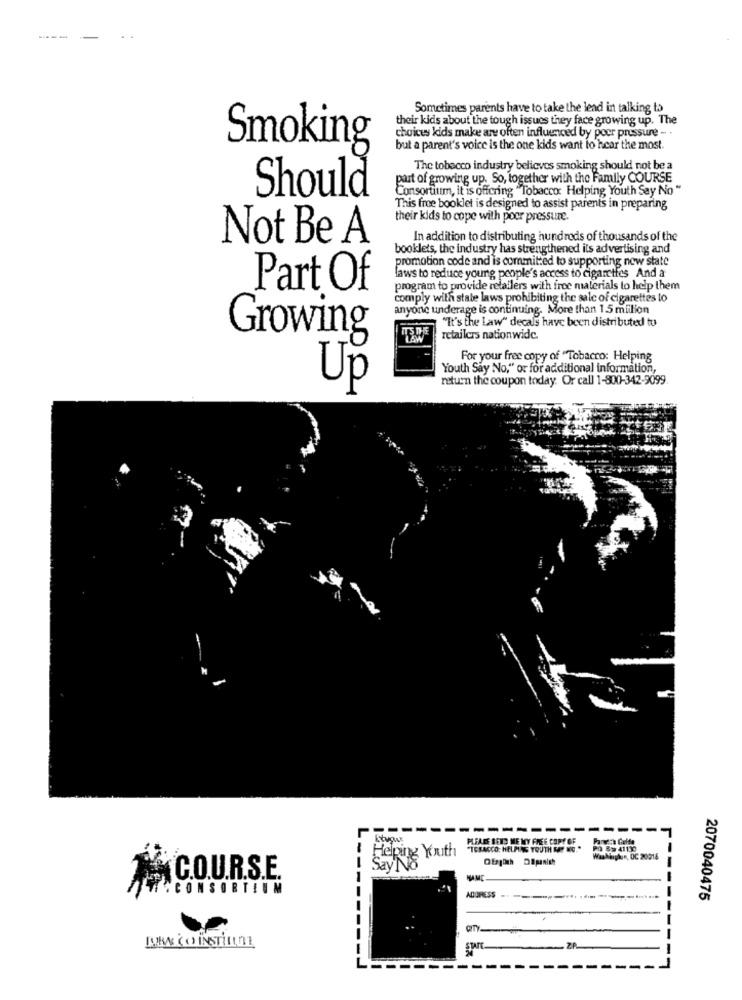
-----
Sometimes parents have to take the lead in talking to
their kids about the tough issues they face growing up. The
choices kids make are often influenced by poor pressure - .
Smoking
but a parent's voice is the one kids want to hear the most.
The tobacco industry believes smoking should not be a
part of growing up. So, together with the Family COURSE
Should
Consortium, it is offering " Tobacco: Helping Youth Say No "
This froe booklet is designed to assist parents in preparing
their kids to cope with poer pressure.
Not Be A
In addition to distributing hundreds of thousands of the
booklets, the industry has strengthened its advertising and
promotion code and is committed to supporting new state
laws to reduce young people's access to cigarettes And a
Part Of
program to provide retailers with free materials to help them
comply with state laws prohibiting the sale of cigarettes to
anyone underage is continuing. More than 1.5 million
"It's the Law" decals have been distributed tu
Growing
retailers nationwide.
For your free copy of ' Tobacco: Helping
Youth Say No," or for additional information,
return the coupon today. Or call 1-800-342-9099.
Up
--
----
--
PLEASE SEND ME MY FREE COPY OF
"TESACCO; HELPING YOUTH RAP NIC."
LU
Washington, DC 20014
C.O.U.R.S.E.
"CONSORTIUM
ADORESS
2070040475
KR& CO INSTILLTE